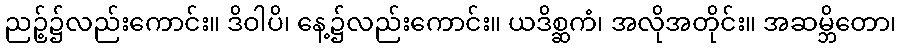
ညဉ့်၌လည်းကောင်း။ ဒိဝါပိ၊ နေ့၌လည်းကောင်း။ ယဒိစ္ဆကံ၊ အလိုအတိုင်း။ အဆမ္ဘိတော၊